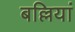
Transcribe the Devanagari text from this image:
बल्लियां